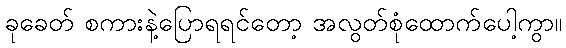
ခုခေတ် စကားနဲ့ပြောရရင်တော့ အလွတ်စုံထောက်ပေါ့ကွာ။